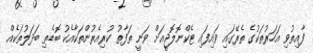
ފާއިތުވި އަހަރުތަކުގެ ތެރޭގައި ވައިފައި ޓެކްނޮލޮޖީއަށް ވަނީ ތަފާތު ކުރިއެރުންތަކާއެކު ބޮޑެތި ބަދަލުތަކެއް